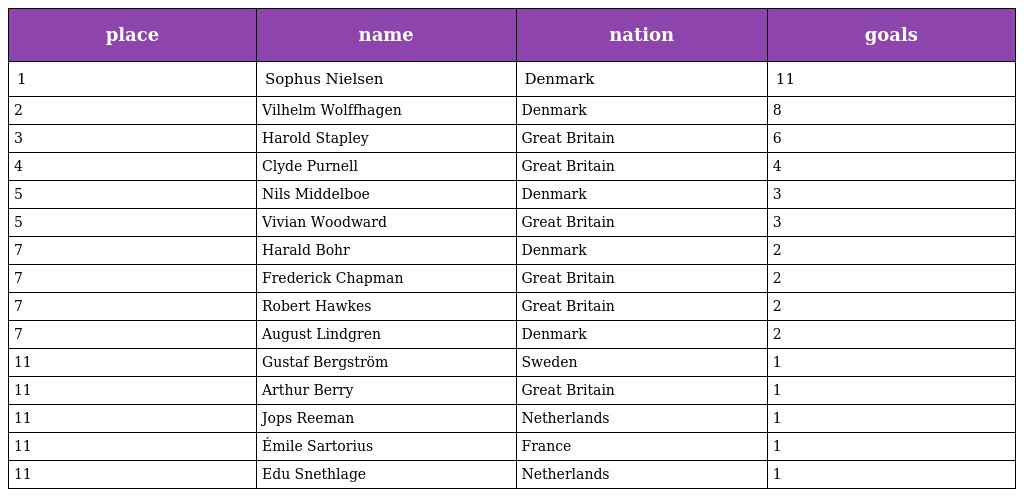
| place | name | nation | goals |
 | --- | --- | --- | --- |
 | 1 | Sophus Nielsen | Denmark | 11 |
 | 2 | Vilhelm Wolffhagen | Denmark | 8 |
 | 3 | Harold Stapley | Great Britain | 6 |
 | 4 | Clyde Purnell | Great Britain | 4 |
 | 5 | Nils Middelboe | Denmark | 3 |
 | 5 | Vivian Woodward | Great Britain | 3 |
 | 7 | Harald Bohr | Denmark | 2 |
 | 7 | Frederick Chapman | Great Britain | 2 |
 | 7 | Robert Hawkes | Great Britain | 2 |
 | 7 | August Lindgren | Denmark | 2 |
 | 11 | Gustaf Bergström | Sweden | 1 |
 | 11 | Arthur Berry | Great Britain | 1 |
 | 11 | Jops Reeman | Netherlands | 1 |
 | 11 | Émile Sartorius | France | 1 |
 | 11 | Edu Snethlage | Netherlands | 1 |